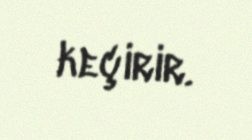
keçirir.